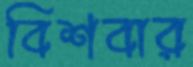
বিশবার